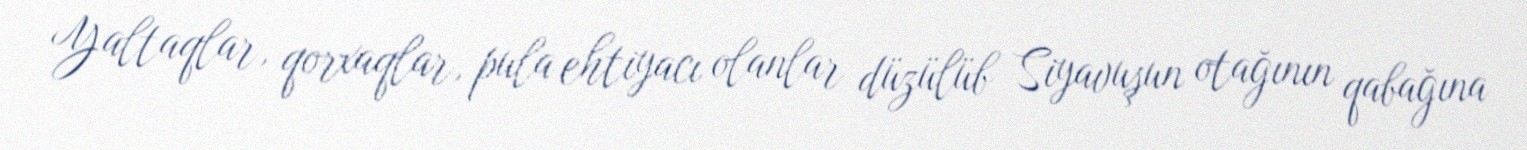
Yaltaqlar, qorxaqlar, pula ehtiyacı olanlar düzülüb Siyavuşun otağının qabağına